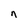
Character: n